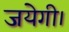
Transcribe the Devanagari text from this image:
जयेगी।